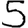
Digit: 5